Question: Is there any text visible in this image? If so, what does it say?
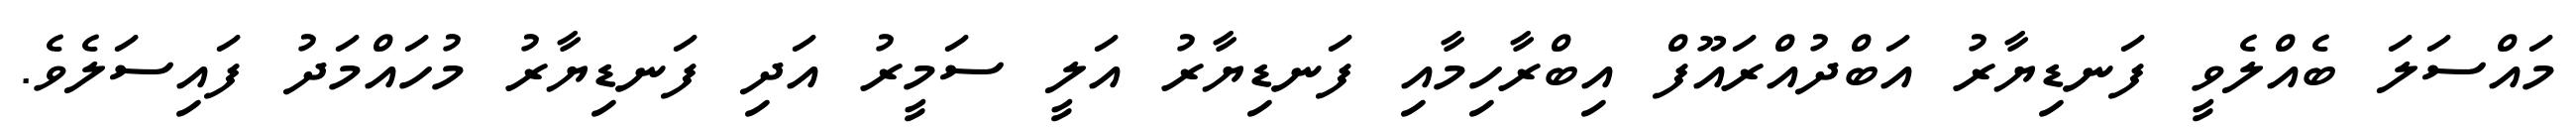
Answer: މައްސަލަ ބެއްލެވީ ފަނޑިޔާރު އަބްދުއްރައޫފް އިބްރާހިމާއި ފަނޑިޔާރު އަލީ ސަމީރު އަދި ފަނޑިޔާރު މުހައްމަދު ފައިސަލެވެ.